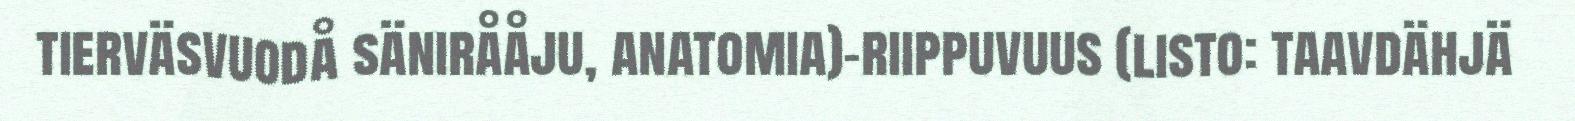
tierväsvuodå sänirååju, anatomia)-riippuvuus (listo: taavdähjä